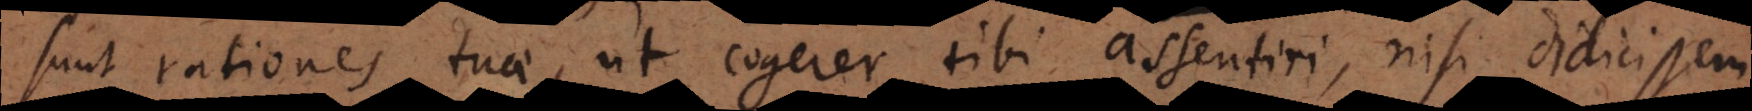
sunt rationes tuae, ut cogerer tibi assentiri, nisi didicissem